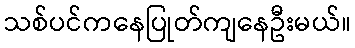
သစ်ပင်ကနေပြုတ်ကျနေဦးမယ်။